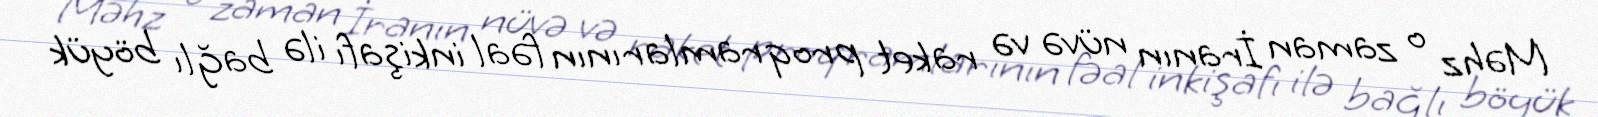
Məhz o zaman İranın nüvə və raket proqramlarının fəal inkişafı ilə bağlı böyük